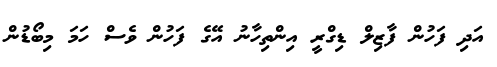
އަދި ފަހުން ފާޒިލް ޑިގްރީ އިންތިހާނު އޭގެ ފަހުން ވެސް ހަމަ މިބޯޑުން